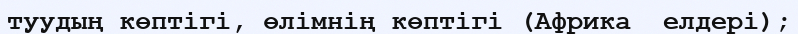
туудың көптігі, өлімнің көптігі (Африка  елдері);